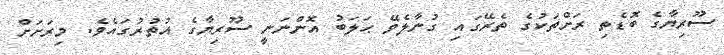
ސޫރިޔާގެ ބޮޑެތި ރަށްތަކުގެ ތެރޭގައި ގުނާލެވޭ ޙަލަބު އޮންނަނީ ސޫރިޔާގެ އުތުރުގައެވެ. މިރަށަށް